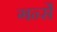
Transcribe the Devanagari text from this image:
गर्न्से